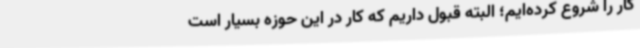
کار را شروع کرده‌ایم؛ البته قبول داریم که کار در این حوزه بسیار است